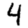
Digit: 4